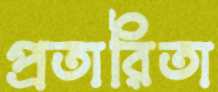
প্রতারিতা